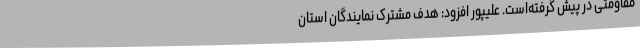
مقاومتی در پیش گرفته‌است. علیپور افزود: هدف مشترک نمایندگان استان